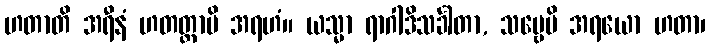
ဟတာတိ အရီနံ ဟတတ္တာပိ အရဟံ။ ယသ္မာ ရာဂါဒိသင်္ခါတာ, သဗ္ဗေပိ အရယော ဟတာ၊